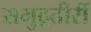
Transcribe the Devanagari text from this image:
समुद्रतीरीं